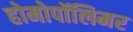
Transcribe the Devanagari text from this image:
होमोपॉलिमर